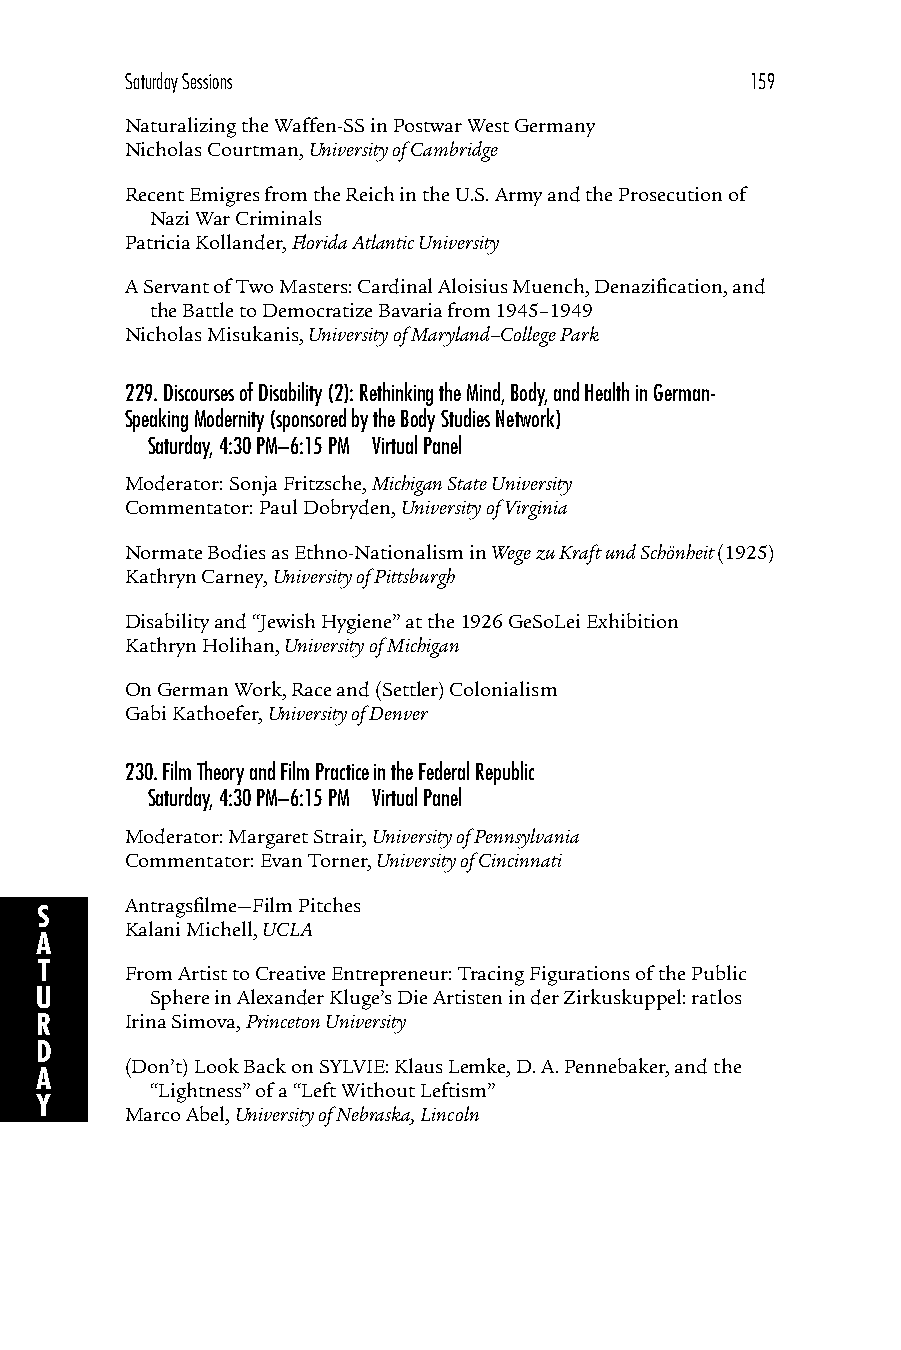
Saturday Sessions                         159
 Naturalizing the Waffen-SS in Postwar West Germany
 Nicholas Courtman, University of Cambridge
 Recent Emigres from the Reich in the U.S. Army and the Prosecution of
 Nazi War Criminals
 Patricia Kollander, Florida Atlantic University
 A Servant of Two Masters: Cardinal Aloisius Muench, Denazification, and
 the Battle to Democratize Bavaria from 1945–1949
 Nicholas Misukanis, University of Maryland–College Park
 229.Discourses of Disability (2): Rethinking the Mind, Body, and Health in German-
 Speaking Modernity (sponsored by the Body Studies Network)
 Saturday, 4:30 PM–6:15 PM Virtual Panel
 Moderator: Sonja Fritzsche, Michigan State University
 Commentator: Paul Dobryden, University of Virginia
 Normate Bodies as Ethno-Nationalism in Wege zu Kraft und Schönheit (1925)
 Kathryn Carney, University of Pittsburgh
 Disability and “Jewish Hygiene” at the 1926 GeSoLei Exhibition
 Kathryn Holihan, University of Michigan
 On German Work, Race and (Settler) Colonialism
 Gabi Kathoefer, University of Denver
 230.Film Theory and Film Practice in the Federal Republic
 Saturday, 4:30 PM–6:15 PM Virtual Panel
 Moderator: Margaret Strair, University of Pennsylvania
 Commentator: Evan Torner, University of Cincinnati
 Antragsfilme—Film Pitches
 S
 Kalani Michell, UCLA
 A
 T     From Artist to Creative Entrepreneur: Tracing Figurations of the Public
 U       Sphere in Alexander Kluge’s Die Artisten in der Zirkuskuppel: ratlos
 R     Irina Simova, Princeton University
 D
 (Don’t) Look Back on SYLVIE: Klaus Lemke, D. A. Pennebaker, and the
 A
 “Lightness” of a “Left Without Leftism”
 Y
 Marco Abel, University of Nebraska, Lincoln